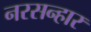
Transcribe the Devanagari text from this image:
नरसन्हार